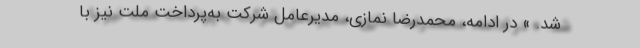
شد. » در ادامه، محمدرضا نمازی، مدیرعامل شرکت به‌پرداخت ملت نیز با